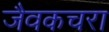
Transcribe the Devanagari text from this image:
जैवकचरा